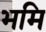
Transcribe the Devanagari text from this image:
भमि